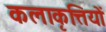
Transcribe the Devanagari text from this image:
कलाकृत्तियों